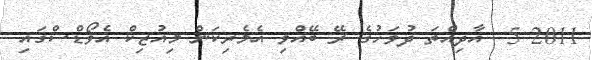
2011 5  އާދިއްތަ ދުވަހުގެ ރޭ ބޭއްވި އެމެރިކަން މިއުޒިކް އެވޯޑްސްގައި